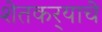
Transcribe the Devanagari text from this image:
शेतकर्‍याचे